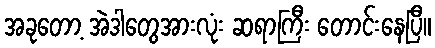
အခုတော့ အဲဒါတွေအားလုံး ဆရာကြီး တောင်းနေပြီ။